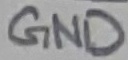
Text: GND